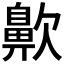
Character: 𪖗